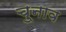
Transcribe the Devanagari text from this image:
चु्नाव